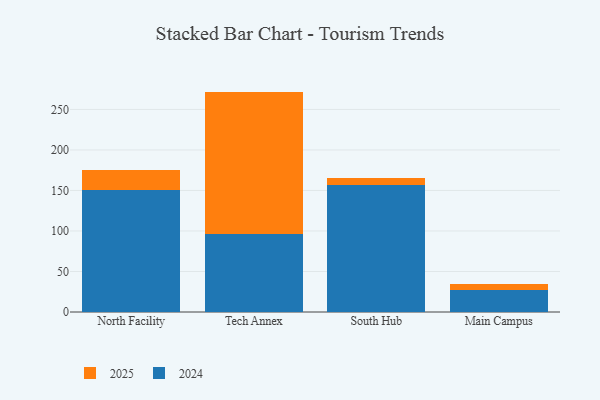
{"axis": {"x": "Campus", "y": "Conversion Rate (%)"}, "legend": ["2024", "2025"], "data": [{"x": "North Facility", "y": 25.0, "type": "2025"}, {"x": "North Facility", "y": 150.7, "type": "2024"}, {"x": "Tech Annex", "y": 176.1, "type": "2025"}, {"x": "Tech Annex", "y": 95.9, "type": "2024"}, {"x": "South Hub", "y": 7.8, "type": "2025"}, {"x": "South Hub", "y": 157.2, "type": "2024"}, {"x": "Main Campus", "y": 8.3, "type": "2025"}, {"x": "Main Campus", "y": 26.7, "type": "2024"}]}